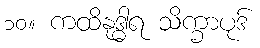
၁၀။ ကထိနုဒ္ဓာရ သိက္ခာပုဒ်